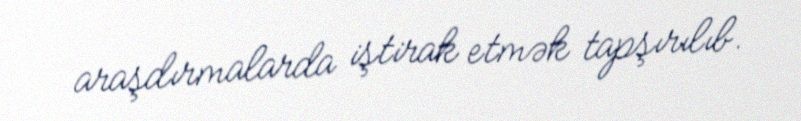
araşdırmalarda iştirak etmək tapşırılıb.